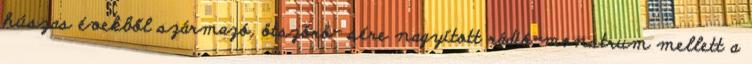
húszas évekből származó, ötszörö- sére nagyított rádió-monstrum mellett a